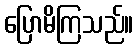
ပြောမိကြသည်။